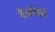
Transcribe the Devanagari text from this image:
वेळांशी